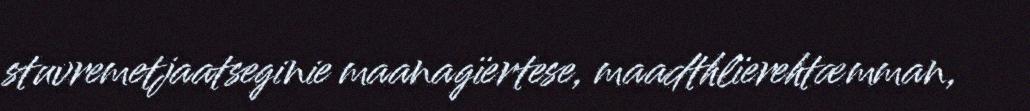
stuvremetjaatseginie maanagïertese, maadthlïerehtæmman,